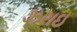
ઝરાઇ